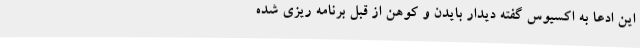
این ادعا به اکسیوس گفته دیدار بایدن و کوهن از قبل برنامه ریزی شده